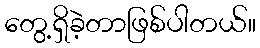
တွေ့ရှိခဲ့တာဖြစ်ပါတယ်။